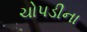
ચોપડીના